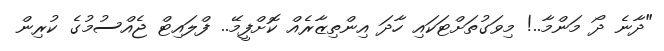
"ދާނެ ދޯ މަންމާ..! މިވަގުތަށްޓަކައި ހާދަ އިންތިޒާރެއް ކޮށްފީމޭ.. ފްލައިޓް ޖެއްސުމުގެ ކުރިން